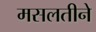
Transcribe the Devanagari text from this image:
मसलतीने